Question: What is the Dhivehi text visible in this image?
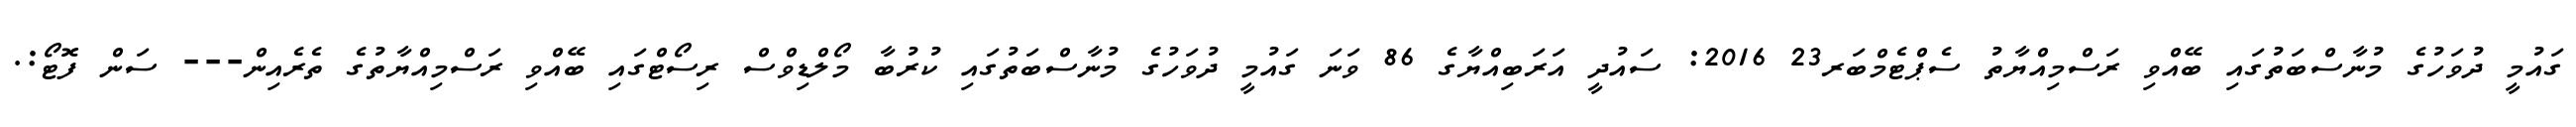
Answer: ގައުމީ ދުވަހުގެ މުނާސްބަތުގައި ބޭއްވި ރަސްމިއްޔާތު ސެޕްޓެމްބަރ23 2016: ސައުދީ އަރަބިއްޔާގެ 86 ވަނަ ގައުމީ ދުވަހުގެ މުނާސްބަތުގައި ކުރުބާ މޯލްޑިވްސް ރިސޯޓްގައި ބޭއްވި ރަސްމިއްޔާތުގެ ތެރެއިން--- ސަން ފޮޓޯ:.